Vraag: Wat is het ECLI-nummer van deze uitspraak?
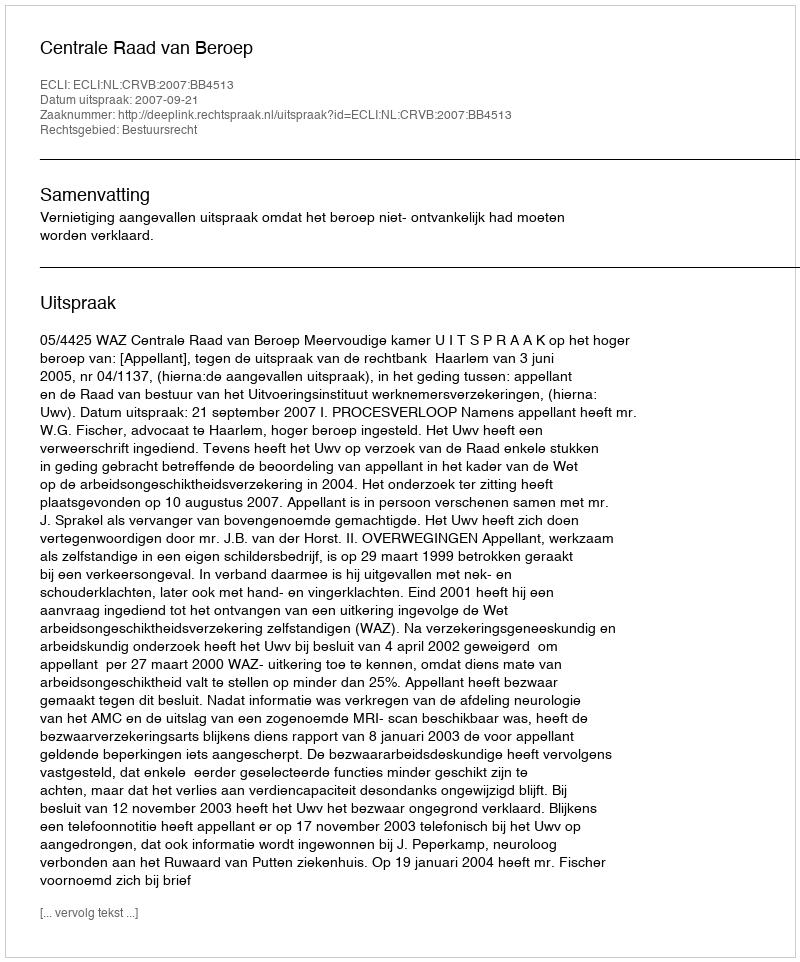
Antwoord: ECLI:NL:CRVB:2007:BB4513